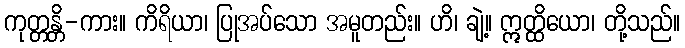
ကုတ္တန္တိ-ကား။ ကိရိယာ၊ ပြုအပ်သော အမူတည်း။ ဟိ၊ ချဲ့။ ဣတ္ထိယော၊ တို့သည်။